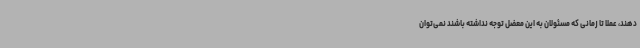
دهند، عملا تا زمانی که مسئولان به این معضل توجه نداشته باشند نمی‌توان